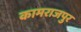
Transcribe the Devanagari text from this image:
कामराजपुर